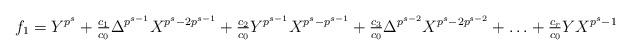
LaTeX: \begin{align*}f_1 = Y^{p^s}+\tfrac{c_1}{c_0}\Delta^{p^{s-1}}X^{p^s-2p^{s-1}}+\tfrac{c_2}{c_0}Y^{p^{s-1}}X^{p^s-p^{s-1}}+\tfrac{c_3}{c_0}\Delta^{p^{s-2}}X^{p^{s}-2p^{s-2}}+ \ldots +\tfrac{c_r}{c_0}YX^{p^{s}-1}\end{align*}